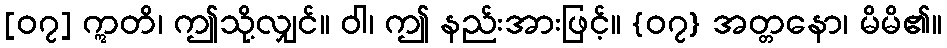
[၀၇] ဣတိ၊ ဤသို့လျှင်။ ဝါ၊ ဤ နည်းအားဖြင့်။ {၀၇} အတ္တနော၊ မိမိ၏။